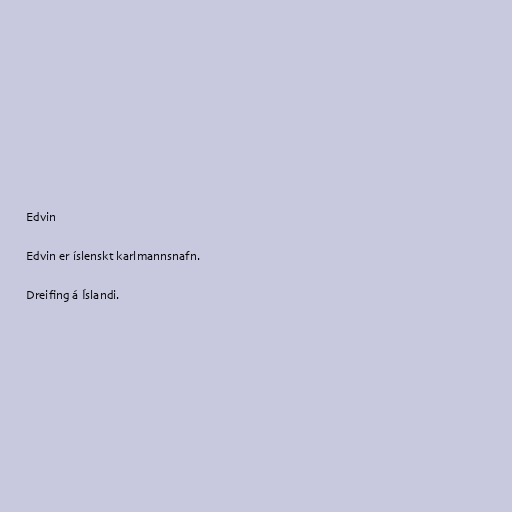
Edvin

Edvin er íslenskt karlmannsnafn.

Dreifing á Íslandi.